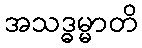
အသဒ္ဓမ္မာတိ